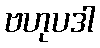
ဗဟုပဒါ